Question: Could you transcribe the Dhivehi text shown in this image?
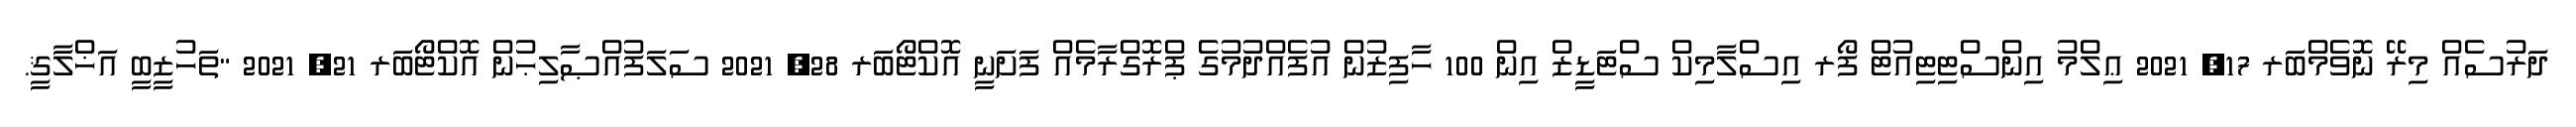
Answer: ދަރުސެއް މިރޭ ނޮވެމްބަރ 17, 2021 ޢިލްމު އިންސްޓިޓިއުޓް ފޯރ އިސްލާމިކް ސްޓަޑީޒް އިން 100 ހާފިޒުން އުފެއްދުމުގެ ޕްރޮގްރާމެއް ފަށަނީ އޮކްޓޯބަރ 28, 2021 ސަލަފުއްޞާލިޙުން އޮކްޓޯބަރ 21, 2021 "ތަހުޒީބީ އަޚްލާޤީ.